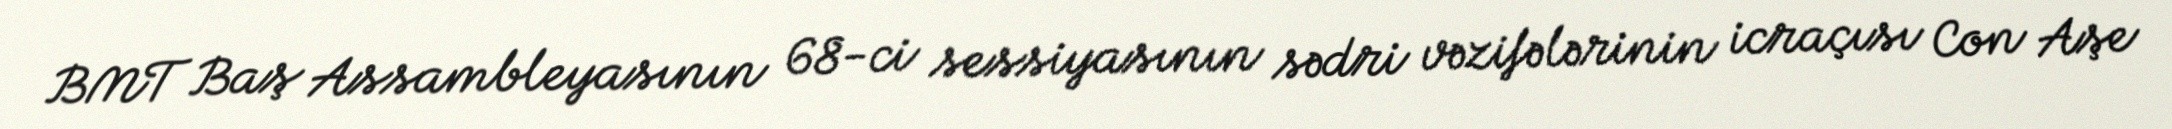
BMT Baş Assambleyasının 68-ci sessiyasının sədri vəzifələrinin icraçısı Con Aşe